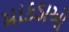
માકડાઓ